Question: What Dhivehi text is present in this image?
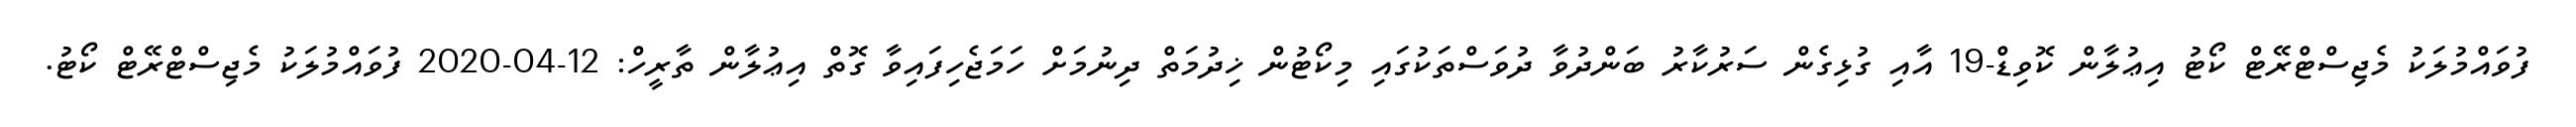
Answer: ފުވައްމުލަކު މެޖިސްޓްރޭޓް ކޯޓު އިޢުލާން ކޮވިޑް-19 އާއި ގުޅިގެން ސަރުކާރު ބަންދުވާ ދުވަސްތަކުގައި މިކޯޓުން ޚިދުމަތް ދިނުމަށް ހަމަޖެހިފައިވާ ގޮތް އިޢުލާން ތާރީހް: 12-04-2020 ފުވައްމުލަކު މެޖިސްޓްރޭޓް ކޯޓު.